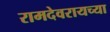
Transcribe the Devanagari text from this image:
रामदेवरायच्या